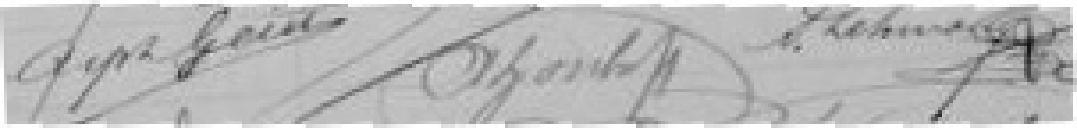
????  ????   S. LEHMANN